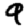
Digit: 9